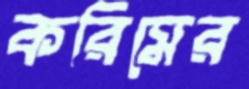
করিমের